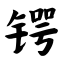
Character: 锷